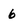
Character: 6